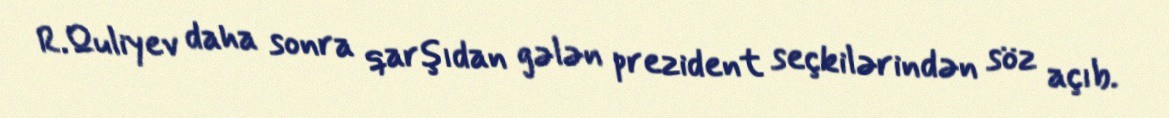
R.Quliyev daha sonra qarşıdan gələn prezident seçkilərindən söz açıb.